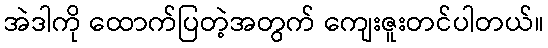
အဲဒါကို ထောက်ပြတဲ့အတွက် ကျေးဇူးတင်ပါတယ်။